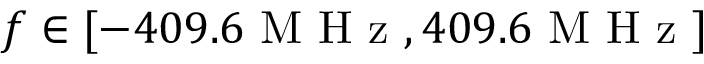
f \in [ - 4 0 9 . 6 \mathrm { ~ M ~ H ~ z ~ } , 4 0 9 . 6 \mathrm { ~ M ~ H ~ z ~ } ]